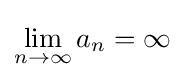
\lim _{n\to \infty }a_{n}=\infty